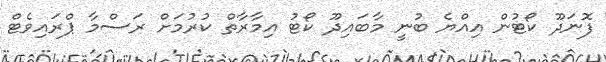
ފޮނަދޫ ކޯޓުން އިއްޔެ ބުނީ މާބައިދޫ ކޯޓު އިމާރާތް ކުރުމަށް ރަސްމާ ޕްރައިވެޓް